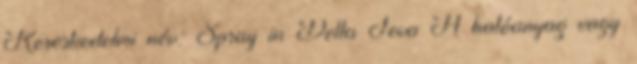
Kereskedelmi név: Spray in Delta Teva A hatóanyag vagy